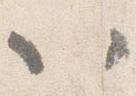
以